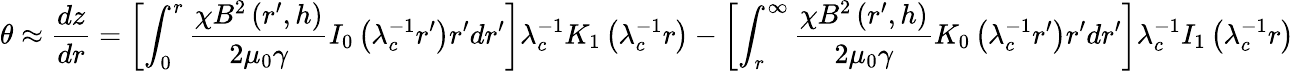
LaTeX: \theta\approx\frac{dz}{dr}=\left[\int_{0}^{r}\frac{\chi B^{2}\left(r^{\prime},h\right)}{2\mu_{0}\gamma}I_{0}\left(\lambda_{c}^{-1}r^{\prime}\right)r^{\prime}dr^{\prime}\right]\lambda_{c}^{-1}K_{1}\left(\lambda_{c}^{-1}r\right)-\left[\int_{r}^{\infty}\frac{\chi B^{2}\left(r^{\prime},h\right)}{2\mu_{0}\gamma}K_{0}\left(\lambda_{c}^{-1}r^{\prime}\right)r^{\prime}dr^{\prime}\right]\lambda_{c}^{-1}I_{1}\left(\lambda_{c}^{-1}r\right)